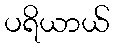
ပရိယာယ်